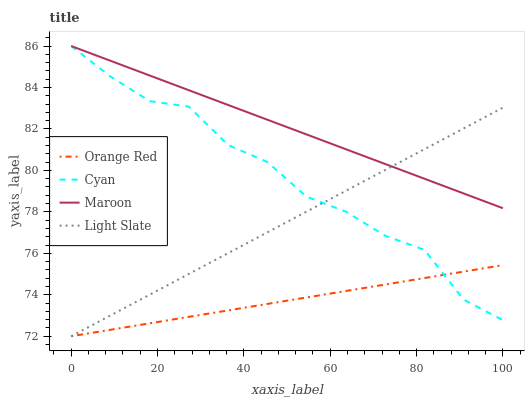
| xaxis_label | Orange Red | Cyan | Maroon | Light Slate |
 | --- | --- | --- | --- | --- |
 | 0 | 72 | 86 | 86 | 72 |
 | 9.09 | 72.3 | 84.5 | 85.3 | 73 |
 | 18.2 | 72.6 | 83.3 | 84.6 | 74 |
 | 27.3 | 72.9 | 83.1 | 83.9 | 75 |
 | 36.4 | 73.2 | 81.2 | 83.2 | 76 |
 | 45.5 | 73.6 | 80.4 | 82.4 | 77 |
 | 54.5 | 73.9 | 78.7 | 81.7 | 78 |
 | 63.6 | 74.2 | 78 | 81 | 79 |
 | 72.7 | 74.5 | 76.8 | 80.3 | 80 |
 | 81.8 | 74.8 | 76.2 | 79.6 | 81 |
 | 90.9 | 75.1 | 73.8 | 78.9 | 82 |
 | 100 | 75.4 | 72.8 | 78.2 | 83 |